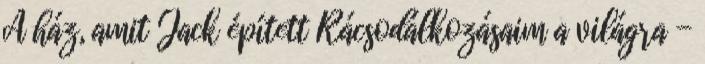
A ház, amit Jack épített Rácsodálkozásaim a világra -